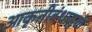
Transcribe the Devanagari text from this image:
आकृतीबंधामुळे